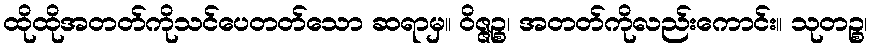
ထိုထိုအတတ်ကိုသင်ပေတတ်သော ဆရာမှ။ ဝိဇ္ဇဉ္စ၊ အတတ်ကိုလည်းကောင်း။ သုတဉ္စ၊